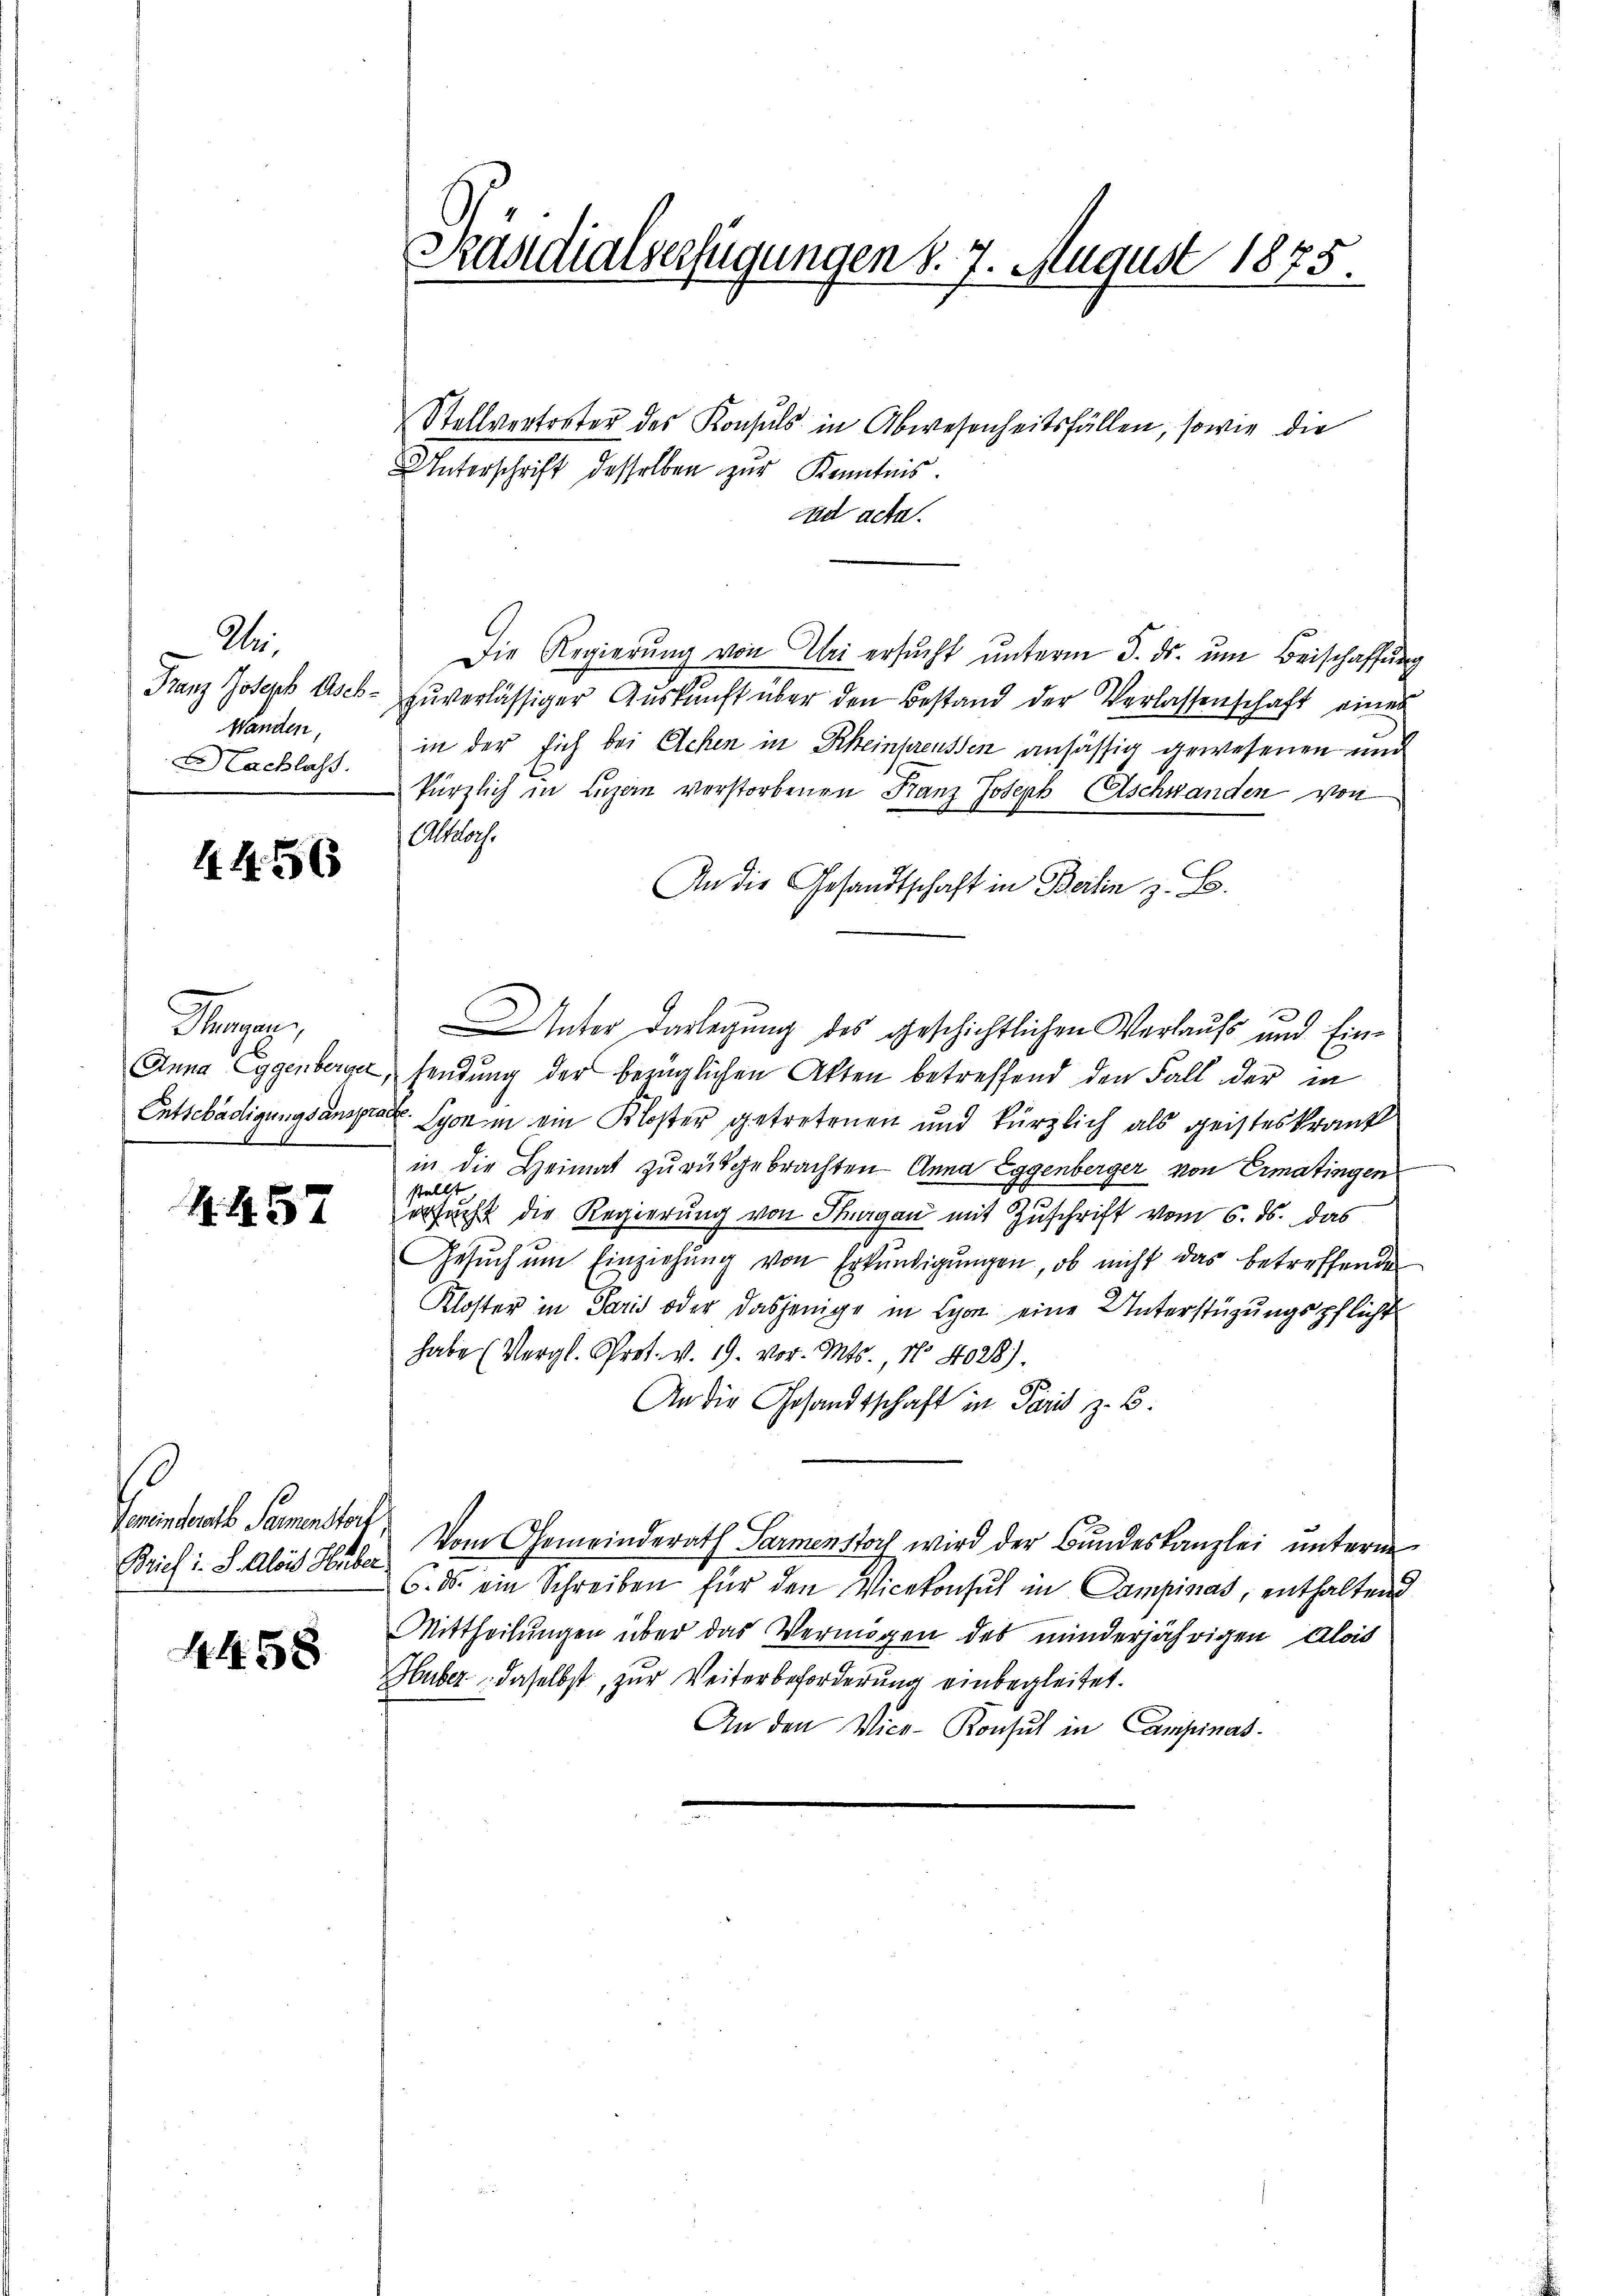
Ae
Franz Joseph Asch¬
Wandten,
Hachlass.

44. 56

Pre
Anna Eggenberget,
Entschädigungsanspra

4. 457

Gemeinderath Sammensterl
Brief I. S. Alois Huber

4458

Kasdialverfügungen d. 7. August 1875.

Stellvertreter des Konsuls in Abwesenheitsfällen, sowie die
Unterschrift desselben zur Kenntnis.
ad acta.
Die Regierŭng von Uri ersŭcht ŭnterm 5. ds. ŭm Beischaffŭng
zuverlässiger Auskunft über den Bestand der Verlassenschaft eines
in der sich bei Achen in Rheinpreussen ansässig gewesenen und
kürzlich in Luzern verstorbenen Franz Joseph Aschwanden von
Aslose
An die Gesandtschaft in Beilen z. B.
Unter Darlegung des geschichtlichen Verlaufs und Einsendung der bezüglichen Akten betreffend den Fall der in
u Lyon in ein Kloster getretenen und kürzlich als geisteskrank
in die Heimat zurückgebrachten Anna Eggenberger von Ermatingen
stellt
ersucht die Regierung von Sargau mit Zuschrift vom 6. ds. das
Gesŭch ŭm Einziehŭng von Erkŭndigŭngen, ob nicht das betreffenden
Kloster in Paris oder dasjenige in Lyon eine Unterstüzungspflicht
habe (Vergl. Pret. v. 19. vor. Mts., N. 4028).
An die Gesandtschaft in Paris z. B.
Vom Gemeinderath Parmenstoch wird der Bundeskanzlei unterm
6. ds. ein Schreiben für den Vicekonsuch im Campinas, enthaltend
Mittheilungen über das Vermögen des minderjährigen Alois
Huber daselbst, zur Weiterbeforderung einbegleitet.
An den Vice-Konsul in Campinas.